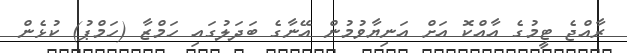
ރާއްޖެ ޓީމުގެ އާއްކޮ އަށް އަނިޔާވުމުން އޭނާގެ ބަދަލުގައި ހަމްޒާ (ހަމްޕު) ކުޅެން